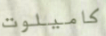
كاميلوت